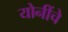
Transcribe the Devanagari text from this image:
योनींचे